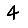
Digit: 4